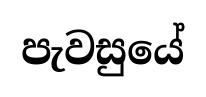
පැවසුයේ